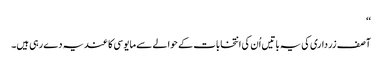
‘‘
آصف زرداری کی یہ باتیں اُن کی انتخابات کے حوالے سے مایوسی کا عندیہ دے رہی ہیں۔